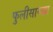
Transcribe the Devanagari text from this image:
फुलीसारखा